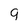
Character: q